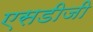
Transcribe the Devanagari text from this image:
एसडीजी